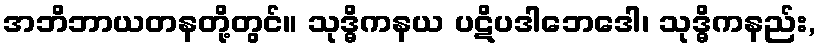
အဘိဘာယတနတို့တွင်။ သုဒ္ဓိကနယ ပဋိပဒါဘေဒေါ၊ သုဒ္ဓိကနည်း,